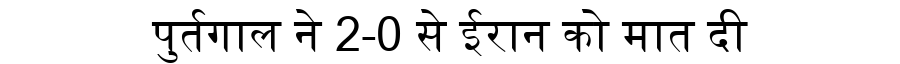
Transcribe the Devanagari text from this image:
पुर्तगाल ने 2-0 से ईरान को मात दी